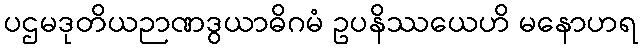
ပဌမဒုတိယဉာဏဒွယာဓိဂမံ ဥပနိဿယေဟိ မနောဟရ